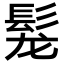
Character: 𩬤